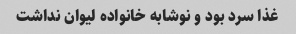
غذا سرد بود و نوشابه خانواده لیوان نداشت